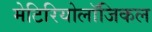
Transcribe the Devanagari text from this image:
मेटिरियोलॉजिकल